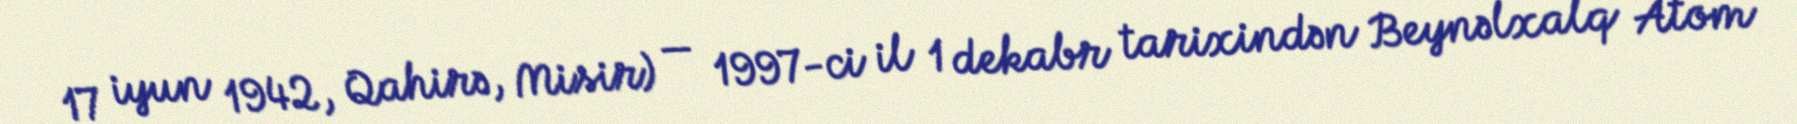
17 iyun 1942, Qahirə, Misir) — 1997-ci il 1 dekabr tarixindən Beynəlxalq Atom